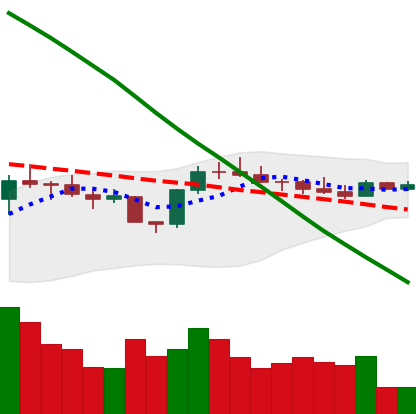
Ticker: BTC-USD
Chart end date: 2022-08-07
Forward return: 5.294%
Label: up_5_7